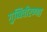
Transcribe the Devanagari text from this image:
गुब्बिवीरण्णा